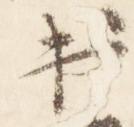
出